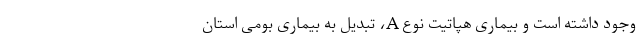
وجود داشته است و بیماری هپاتیت نوع A، تبدیل به بیماری بومی استان